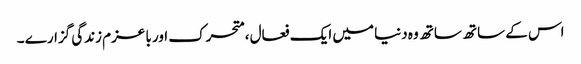
اس کے ساتھ ساتھ وہ دنیا میں ایک فعال ،متحرک اور با عزم زندگی گزارے ۔